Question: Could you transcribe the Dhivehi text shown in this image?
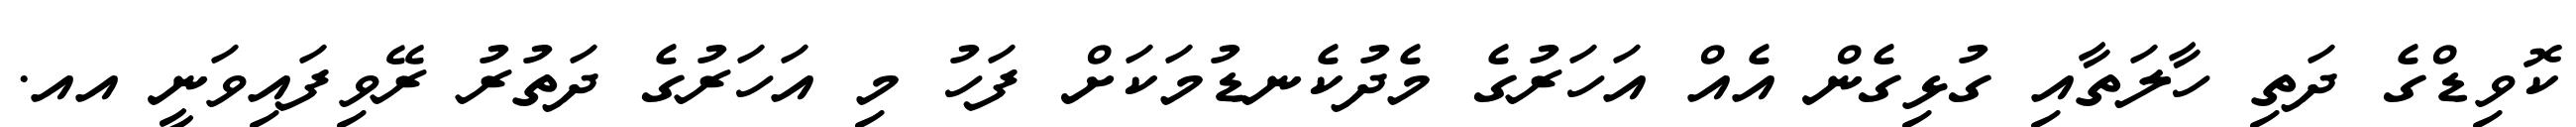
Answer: ކޮވިޑްގެ ދަތި ހާލަތާއި ގުޅިގެން އެއް އަހަރުގެ މެދުކެނޑުމަކަށް ފަހު މި އަހަރުގެ ދަތުރު ރޭވިފައިވަނީ އއ.